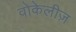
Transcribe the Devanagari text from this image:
वोकेलीज़